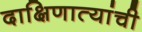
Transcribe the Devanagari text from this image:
दाक्षिणात्यांची